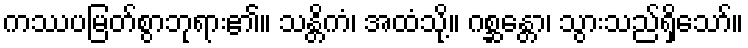
ကဿပမြတ်စွာဘုရား၏။ သန္တိကံ၊ အထံသို့။ ဂစ္ဆန္တော၊ သွားသည်ရှိသော်။